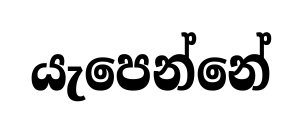
යැපෙන්නේ